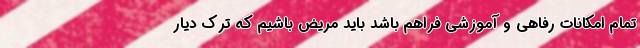
تمام امكانات رفاهي و آموزشي فراهم باشد بايد مريض باشيم كه ترک دیار